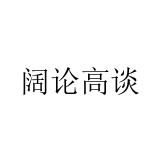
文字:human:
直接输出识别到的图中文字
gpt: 阔论高谈